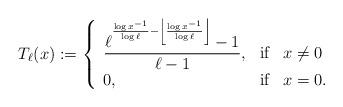
LaTeX: \begin{align*}T_{\ell} (x) := \left\{\begin{array}{lll}\displaystyle \frac{\ell^{ \frac{\log x^{-1}}{\log \ell} - \left\lfloor\frac{\log x^{-1}}{\log \ell}\right\rfloor} - 1}{\ell-1}, & \hbox{if} & x \neq 0 \\0, & \hbox{if} & x = 0.\end{array} \right. \end{align*}